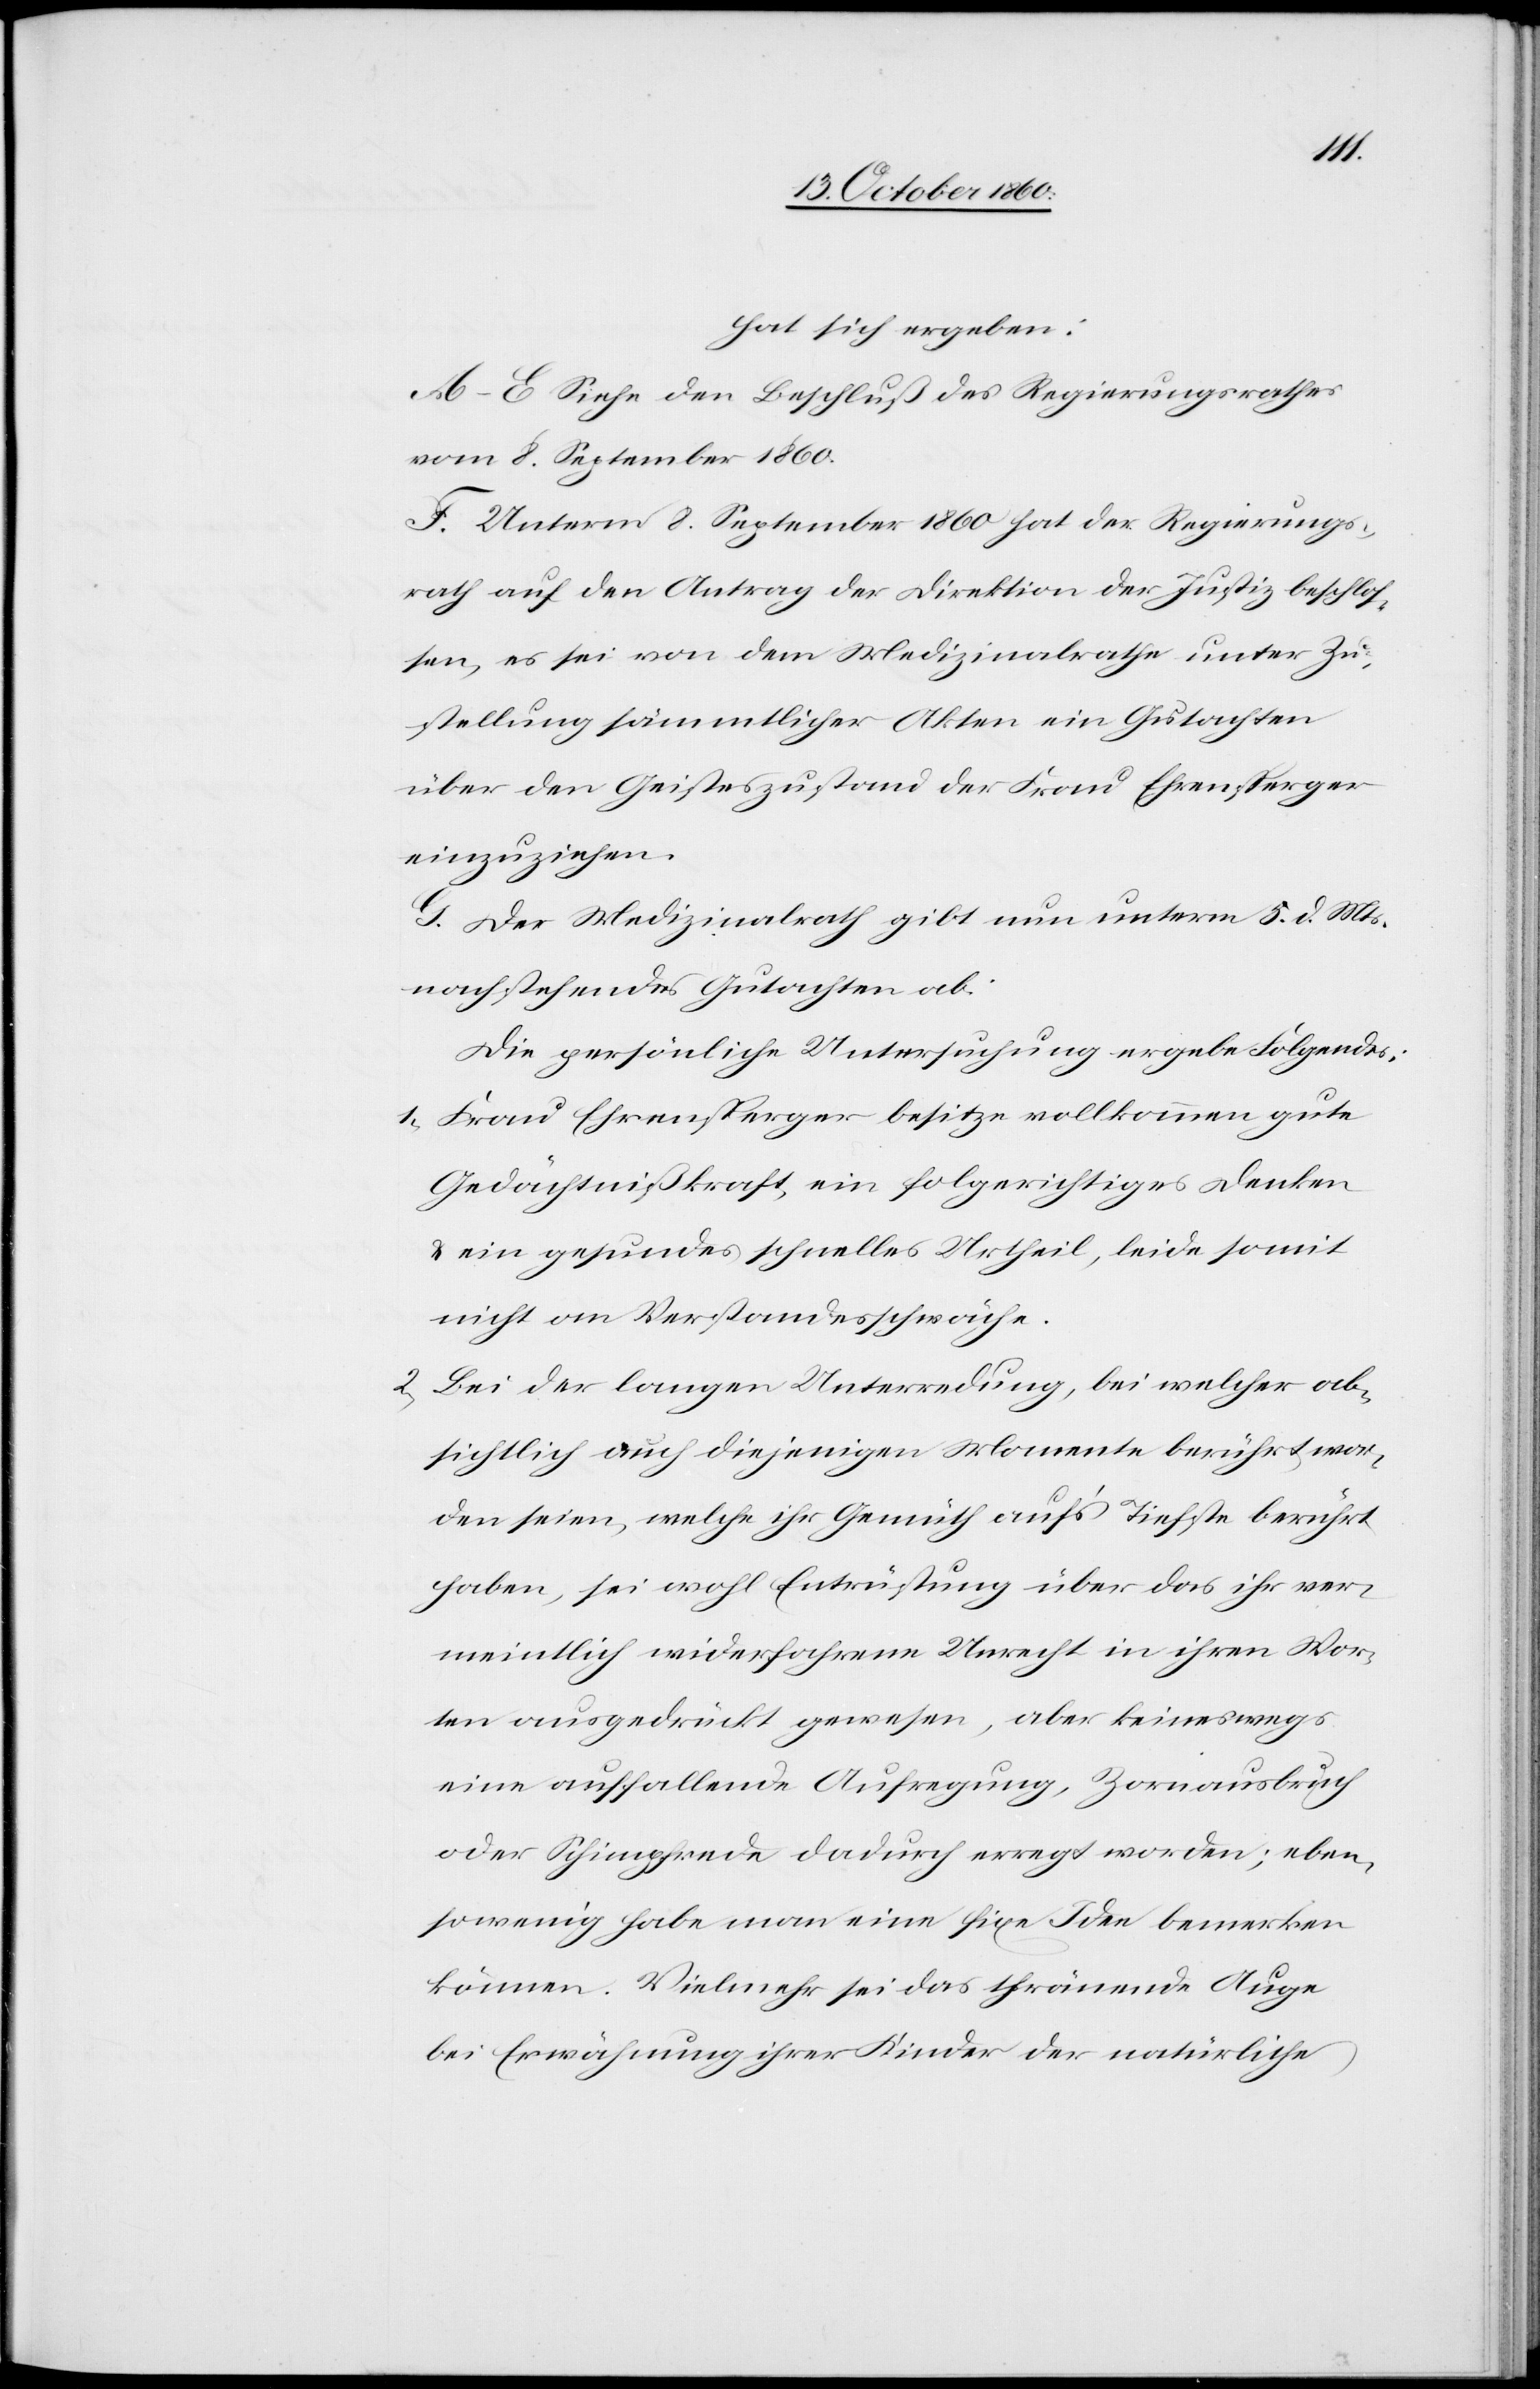
hat sich ergeben:
A–E. Siehe den Beschluß des Regierungsrathes
vom 8. September 1860.
F. Unterm 8. September 1860 hat der Regierungs¬
rath auf den Antrag der Direktion der Justiz beschlos¬
sen, es sei von dem Medizinalrathe unter Zu¬
stellung sämmtlicher Akten ein Gutachten
über den Geisteszustand der Frau Ehrensperger
einzuziehen.
G. Der Medizinalrath gibt nun unterm 5. d. Mts.
nachstehendes Gurtachten ab:
Die persönliche Untersuchung ergebe Folgendes:
1) Frau Ehrensperger besitze vollkommen gute
Gedächtnißkraft, ein folgerichtiges Denken
u. ein gesundes schnelles Urtheil, leide somit
nicht an Verstandsschwäche.
2) Bei der langen Unterredung, bei welcher ab¬
sichtlich auch diejenigen Momente berührt wor¬
den seien, welche ihr Gemüth auf’s Tiefste berührt
haben, sei wohl Entrüstung über das ihr ver¬
meintlich widerfahrene Unrecht in ihren Wor¬
ten ausgedrückt gewesen, aber keineswegs
eine auffallende Aufregung, Zornausbruch
oder Schimpfrede dadurch erregt worden; eben¬
sowenig habe man eine fixe Idee bemerken
können. Vielmehr sei das thränende Auge
bei Erwähnung ihrer Kinder der natürliche